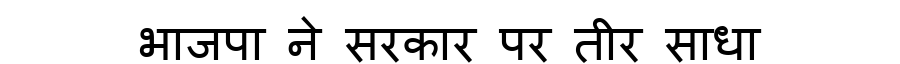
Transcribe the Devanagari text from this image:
भाजपा ने सरकार पर तीर साधा